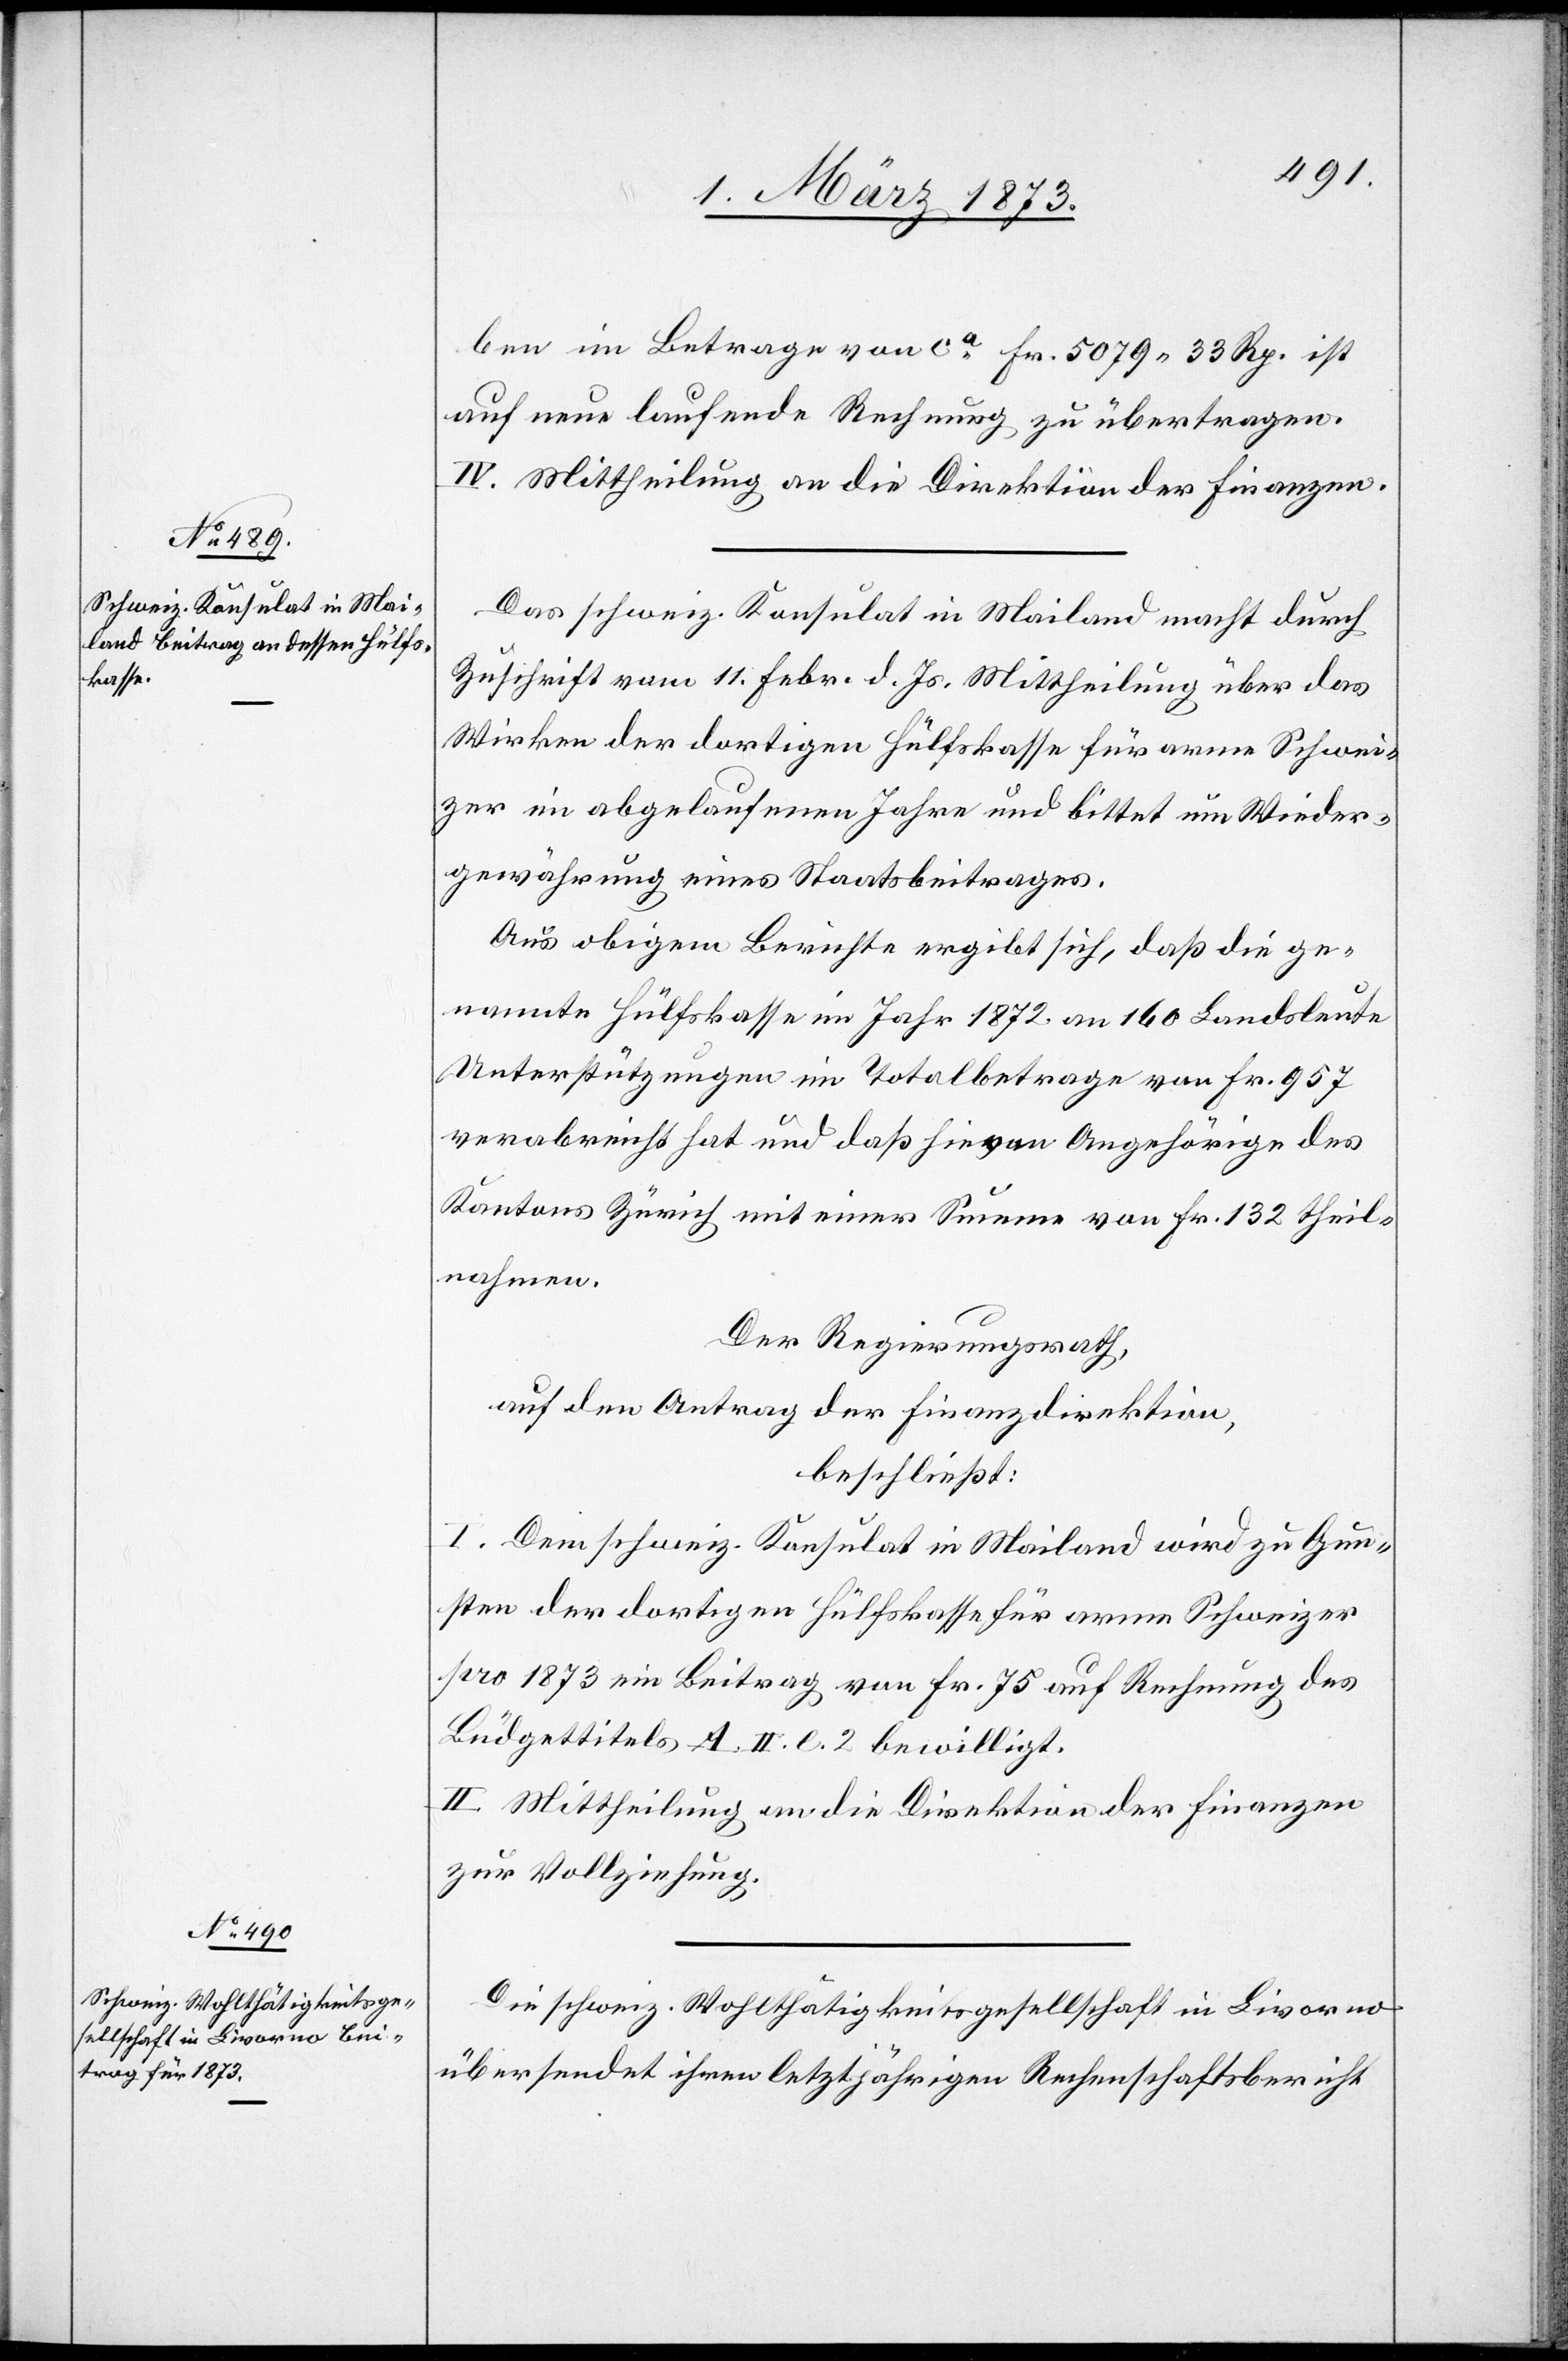
ben im Betrage von ca Fr. 5079.33 Rp. ist
auf neue laufende Rechnung zu übertragen.
IV. Mittheilung an die Direktion der Finanzen.
Das schweiz. Konsulat in Mailand macht durch
Zuschrift vom 11. Febr. d. Js. Mittheilung über das
Wirken der dortigen Hülfskasse für arme Schwei¬
zer im abgelaufenen Jahre und bittet um Wieder¬
gewährung eines Staatsbeitrages.
Aus obigem Berichte ergibt sich, daß die ge¬
nannte Hülfskasse im Jahr 1872 an 160 Landsleute
Unterstützungen im Totalbetrage von Fr. 957
verabreicht hat und daß hievon Angehörige des
Kantons Zürich mit einer Summe von Fr. 132 theil¬
nahmen.
Der Regierungsrath,
auf den Antrag der Finanzdirektion,
beschließt:
I. Dem schweiz. Konsulat in Mailand wird zu Gun¬
sten der dortigen Hülfskasse für arme Schweizer
pro 1873 ein Beitrag von Fr. 75 auf Rechnung des
Budgettitels A. II. l. 2 bewilligt.
II. Mittheilung an die Direktion der Finanzen
zur Vollziehung.
Die schweiz. Wohlthätigkeitsgesellschaft in Livorno
übersendet ihren letztjährigen Rechenschaftsbericht